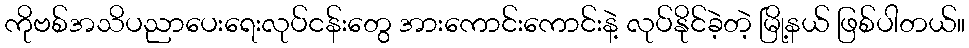
ကိုဗစ်အသိပညာပေးရေးလုပ်ငန်းတွေ အားကောင်းကောင်းနဲ့ လုပ်နိုင်ခဲ့တဲ့ မြို့နယ် ဖြစ်ပါတယ်။